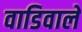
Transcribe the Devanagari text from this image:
वाडिवाले